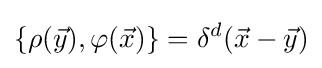
\{\rho ({\vec {y}}),\varphi ({\vec {x}})\}=\delta ^{d}({\vec {x}}-{\vec {y}})